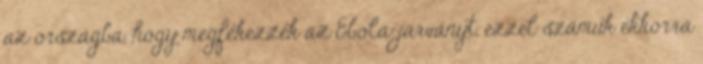
az országba, hogy megfékezzék az Ebola-járványt, ezzel számuk ekkorra